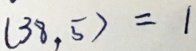
( 3 8 , 5 ) = 1